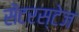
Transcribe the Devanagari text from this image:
सेंटरस्टेज